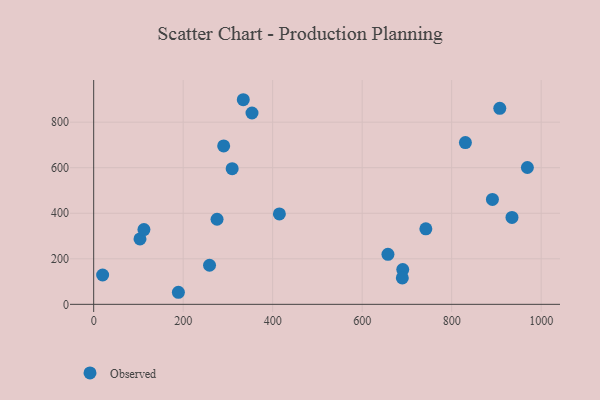
{"axis": {"x": "Speed", "y": "Sales"}, "legend": ["Observed"], "data": [{"x": "415.0", "y": 397.1, "type": "Observed"}, {"x": "891.1", "y": 460.8, "type": "Observed"}, {"x": "189.3", "y": 53.0, "type": "Observed"}, {"x": "690.7", "y": 152.8, "type": "Observed"}, {"x": "934.8", "y": 381.5, "type": "Observed"}, {"x": "969.2", "y": 600.9, "type": "Observed"}, {"x": "657.6", "y": 219.5, "type": "Observed"}, {"x": "290.5", "y": 695.7, "type": "Observed"}, {"x": "353.8", "y": 840.3, "type": "Observed"}, {"x": "309.5", "y": 595.6, "type": "Observed"}, {"x": "689.7", "y": 116.1, "type": "Observed"}, {"x": "258.9", "y": 171.7, "type": "Observed"}, {"x": "830.7", "y": 710.5, "type": "Observed"}, {"x": "20.0", "y": 128.8, "type": "Observed"}, {"x": "103.5", "y": 287.3, "type": "Observed"}, {"x": "907.5", "y": 860.9, "type": "Observed"}, {"x": "112.3", "y": 328.2, "type": "Observed"}, {"x": "742.3", "y": 331.6, "type": "Observed"}, {"x": "334.3", "y": 898.5, "type": "Observed"}, {"x": "275.7", "y": 373.6, "type": "Observed"}]}